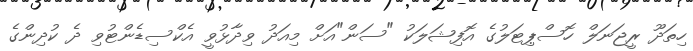
ހިތަދޫ ރީޖަނަލް ހޮސްޕިޓަލުގެ އޮފިޝަލަކު "ސަން"އަށް މިއަދު ވިދާޅުވީ އެކްސިޑެންޓުވި ދެ ކުދިންގެ